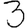
Digit: 3